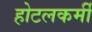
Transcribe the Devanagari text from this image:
होटलकर्मी